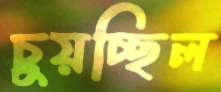
চুয়চ্ছিল